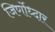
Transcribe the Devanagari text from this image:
जिर्णोध्दार